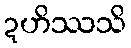
ဍဟိဿသိ